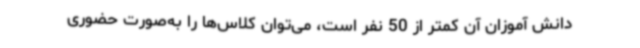
دانش آموزان آن کمتر از 50 نفر است، می‌توان کلاس‌ها را به‌صورت حضوری